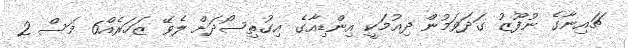
ޗައިނާގެ ނުފޫޒު ގަދަވަމުން ދިއުމަކީ އިންޑިއާގެ އިގުތިސޯދަށް ލެވޭ ޒަހަރެއް6 މަސް 2